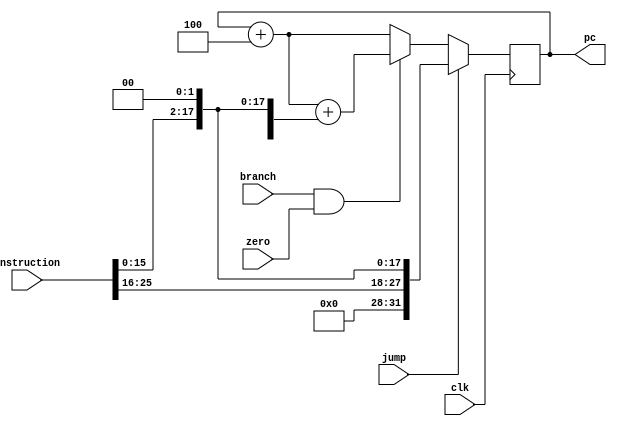


//http://stackoverflow.com/questions/6197733/implementing-a-processor-mips-single-cycle yararlandim

module Pcounter(clk  , instruction ,  zero , branch , jump , pc );
input clk ;
input[31:0] instruction ;
reg[31:0] npc;
input zero ;
input jump ;
input branch ;
wire[31:0] pcInc;
wire[31:0] Branch1 ;
wire[15:0] address;
wire[31:0] branchAdd;
reg[31:0] mux1; 
wire select1 ;
wire[31:0] jumpAdd ;
output [31:0] pc ;
reg [31:0] pc ;


assign select1 = branch & zero ;
assign pcInc = pc + 4 ;
assign address = instruction[15:0];
assign Branch1 =  {{16{address[15]}},address[15:0]} ;   // sign extension
assign branchAdd = pcInc + ( Branch1 << 2 ) ;

always@( branchAdd or pcInc or select1  ) 
begin
    if ( select1 == 1 )
        mux1 = branchAdd ;
    else
        mux1 = pcInc ;
end

assign jumpAdd = ( instruction[25:0] << 2 );

always@ ( jump or jumpAdd or mux1 )
begin
    if ( jump == 1 ) 
        npc = jumpAdd ;
    else
        npc = mux1;
end

always @(posedge clk )
    pc <= npc;
	 
endmodule



//http://stackoverflow.com/questions/6197733/implementing-a-processor-mips-single-cycle